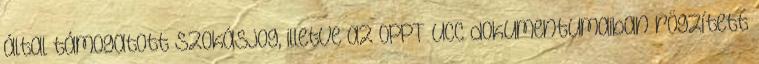
által támogatott szokásjog, illetve az OPPT UCC dokumentumaiban rögzített